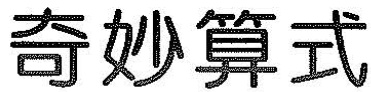
奇妙算式